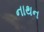
નાથન